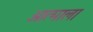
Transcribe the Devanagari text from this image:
आत्माला